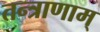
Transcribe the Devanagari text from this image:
तन्त्राणाम्